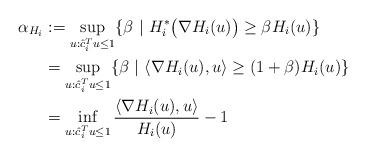
LaTeX: \begin{align*}\alpha_{H_i} &:= \sup_{u: \hat{c}_i^T u\leq 1} \{\beta~|~H_i^*\big(\nabla H_i(u)\big)\geq \beta H_i(u)\}\\&= \sup_{u: \hat{c}_i^T u\leq 1} \{\beta~|~\langle \nabla H_i(u),u\rangle\geq (1+\beta)H_i(u)\}\\&= \inf_{u: \hat{c}_i^T u\leq 1}\frac{\langle \nabla H_i(u),u\rangle}{H_i(u)} -1\end{align*}